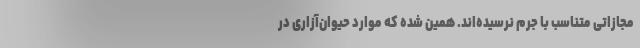
مجازاتی متناسب با جرم نرسیده‌اند. همین شده که موارد حیوان‌آزاری در